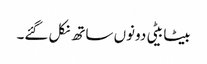
بیٹا بیٹی دونوں ساتھ نکل گئے۔